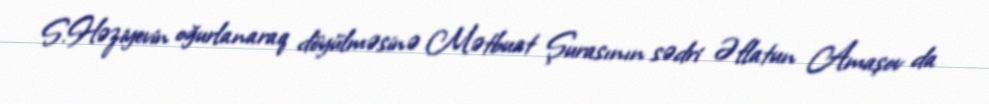
S.Həziyevin oğurlanaraq döyülməsinə Mətbuat Şurasının sədri Əflatun Amaşov da